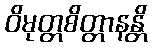
ဝိမုတ္တစိတ္တာနန္တိ